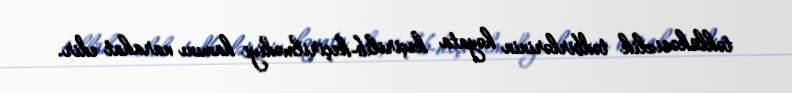
təhlükəsizlik tədbirlərinin həyata keçirilib-keçirilmədiyi hamını narahat edir.